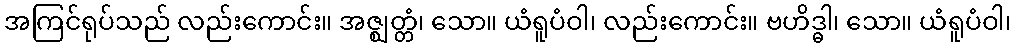
အကြင်ရုပ်သည် လည်းကောင်း။ အဇ္ဈတ္တံ၊ သော။ ယံရူပံဝါ၊ လည်းကောင်း။ ဗဟိဒ္ဓါ၊ သော။ ယံရူပံဝါ၊